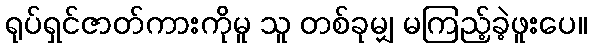
ရုပ်ရှင်ဇာတ်ကားကိုမူ သူ တစ်ခုမျှ မကြည့်ခဲ့ဖူးပေ။